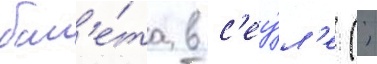
бал'е́та в с'еу́л'е (;